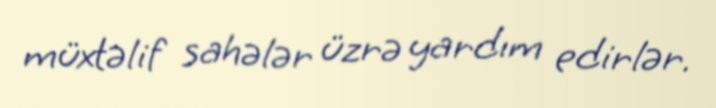
müxtəlif sahələr üzrə yardım edirlər.